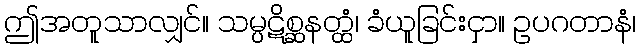
ဤအတူသာလျှင်။ သမ္ပဋိစ္ဆနတ္ထံ၊ ခံယူခြင်းငှာ။ ဥပဂတာနံ၊